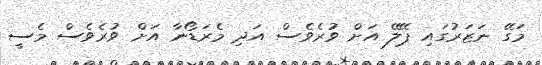
މަގޭ ނަޒަރުގައި ޕޭލޭ އަށް ވުރެވެސް އަދި މެރަޑޯނާ އަށް ވުރެވެސް މެސީ